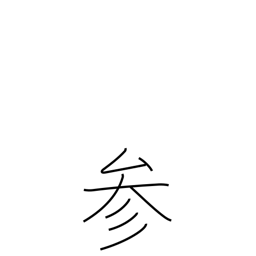
Meaning: be defeated